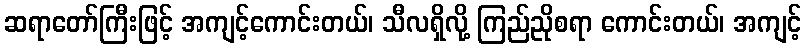
ဆရာတော်ကြီးဖြင့် အကျင့်ကောင်းတယ်၊ သီလရှိလို့ ကြည်ညိုစရာ ကောင်းတယ်၊ အကျင့်